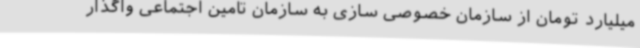
میلیارد تومان از سازمان خصوصی سازی به سازمان تامین اجتماعی واگذار